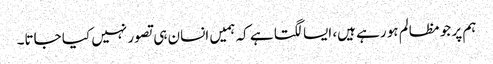
ہم پر جو مظالم ہو رہے ہیں، ایسا لگتا ہے کہ ہمیں انسان ہی تصور نہیں کیا جاتا۔